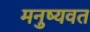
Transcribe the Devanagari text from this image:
मनुष्यवत